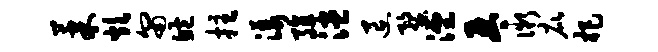
果炊匍鲍拄漾殖漶退蝥湮琴微庇杷